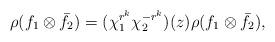
LaTeX: \begin{align*} \rho(f_1\otimes \bar{f}_2)=(\chi_1^{r^k}\chi_2^{-r^k})(z)\rho(f_1\otimes \bar{f}_2), \end{align*}